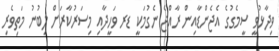
ވިދާޅުވީ ސީމެގުގެ އެޖެންޑާއިން ރާއްޖެ ނެގުމަކީ ޑރ ވަހީދާއި މިސަރުކާރަށް ލިބުނު މަތިވެރި